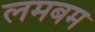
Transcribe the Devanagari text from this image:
लमबम